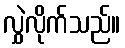
လွှဲလိုက်သည်။